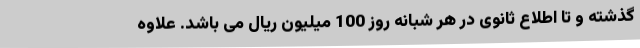
گذشته و تا اطلاع ثانوی در هر شبانه روز 100 میلیون ریال می باشد. علاوه